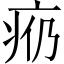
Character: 𪽩